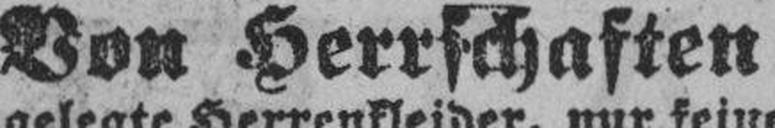
Von Herrschaften